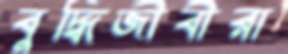
বুদ্ধিজীবীরা